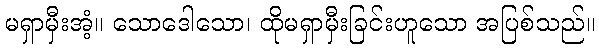
မရှာမှီးအံ့။ သောဒေါသော၊ ထိုမရှာမှီးခြင်းဟူသော အပြစ်သည်။